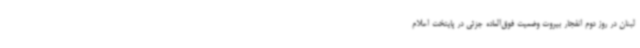
لبنان در روز دوم انفجار بیروت وضعیت فوق‌العاده جزئی در پایتخت اعلام